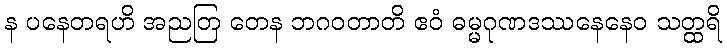
န ပနေတရဟိ အညတြ တေန ဘဂဝတာတိ ဧဝံ ဓမ္မဂုဏဒဿနေနေဝ သတ္ထရိ